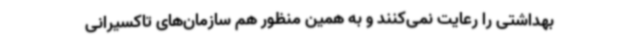
بهداشتی را رعایت نمی‌کنند و به همین منظور هم سازمان‌های تاکسیرانی